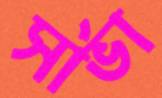
সার্ভা